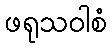
ဖရုသဝါစံ